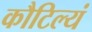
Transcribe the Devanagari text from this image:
कौटिल्यं